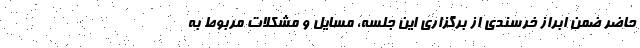
حاضر ضمن ابراز خرسندی از برگزاری این جلسه، مسایل و مشکلات مربوط به